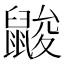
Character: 𪕞